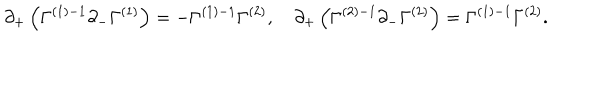
LaTeX: \partial _ { + } \left( \Gamma ^ { ( 1 ) - 1 } \partial _ { - } \Gamma ^ { ( 1 ) } \right) = - \Gamma ^ { ( 1 ) - 1 } \Gamma ^ { ( 2 ) } , \quad \partial _ { + } \left( \Gamma ^ { ( 2 ) - 1 } \partial _ { - } \Gamma ^ { ( 2 ) } \right) = \Gamma ^ { ( 1 ) - 1 } \Gamma ^ { ( 2 ) } .